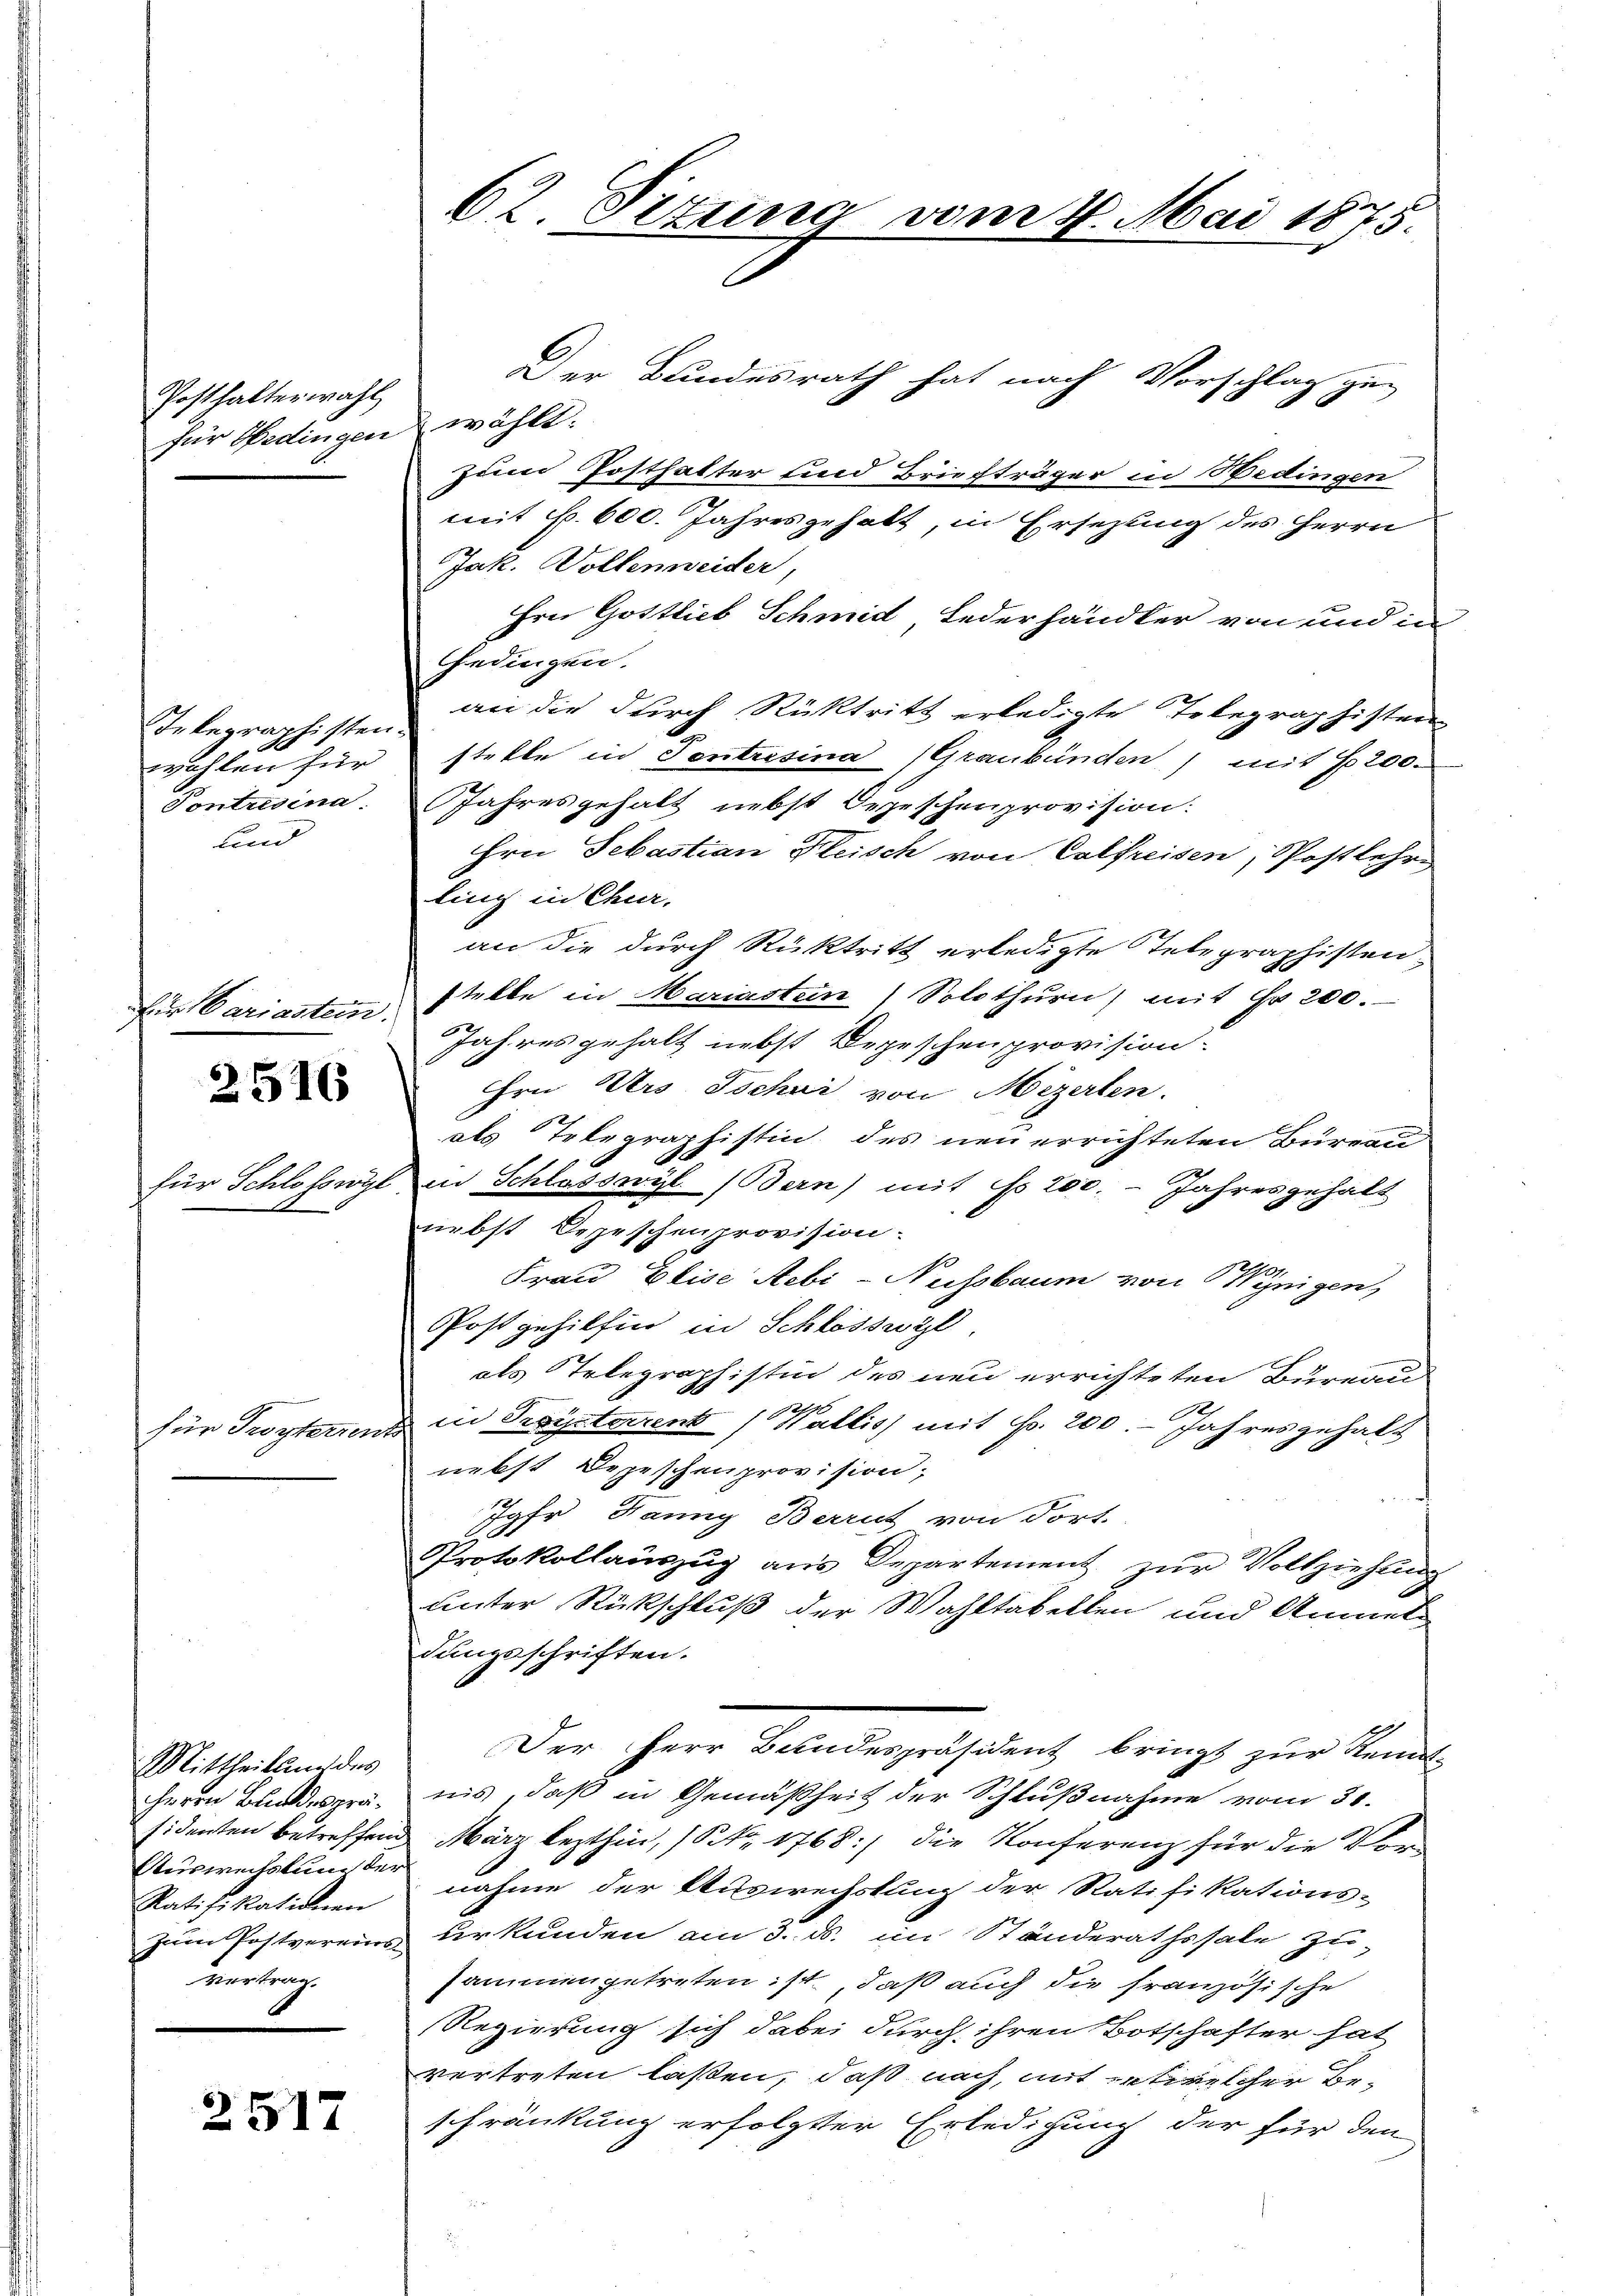
Posthalterwahl
für Hedingen wählt:

Telegraphisten.
Contredena.
und

für Cariastein.

2516

für Schloss wie

für Trosterren

Mittheilung des
Auswechslung der
Ratifikationen
vertrag.

2517

Der Bundesrath hat nach Vorschlag zu
zum Posthalter und Briefträger in Hedingen
mit S. 600. Jahres gehalt, in Ersezung des Herrn
Jak. Wollenweider,
frei Gottlieb Schmid, Federhändler von und in
Gedingen.
an die durch Rücktritt erledigte Telegraphisten
wahlen für stelle in Centresina (Graubünden, mit No 200.
Jahresgehalt nebst Depeschenprovision:
Hhrn Sebastian Fleisch von Calfreisen, Postlehre
ling in Chur.
an die durch Rücktritt erledigte Telegraphisten,
stelle in Mariastein) Solothurn, mit Fr. 200.
Jahresgehalt nebst Depeschenprovision.
Hrn Urs Tschai von Mezerten.
als Telegraphistin des neu errichteten Bureau
Ein Schlasswyl (Bern) mit No 200. - Jahresgehalt
nebst Depeschenprovision.
Frau Elise Rebi-Nussbaum von Wenigen,
Post gehilfen in Schlösswyl
als Telegraphistin des neu errichteten Bureau
in Preysterrent Wallis mit Fr. 200. - Jahresgehalt
¬
nebst Depeschenprovision;
Jahr Fanny Beruf von dort.
Protokollaŭszŭg ans Departement zŭr Vollziehung
unter Rückschluß der Wahltabellen und Anmeldungsschriften.
Der Herr Belndespräsident bringt zur Kennt
Herrn Bundesprä, uns, daß in Gemäßheit der Schlußnahme vom 30.
sidenten betreffend März lezthin, (S. 1768) die Konferenz für die Vornahme der Auswechstung der Ratifikations-
zum Postvereins Herkunden am 3. ds. im Ständerathssale zu-
sammengetreten ist, daß auch die französische
Regierung sich dabei durch ihren Botschafter hat
vertreten laßen, daß nach, mit entwelcher Beschränkung erfolgter Erledigung der für den
.

62. Situng vom 4. Mai 1875.